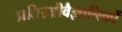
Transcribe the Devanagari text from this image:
प्रतिरक्षीवैज्ञानिकों